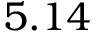
5 . 1 4